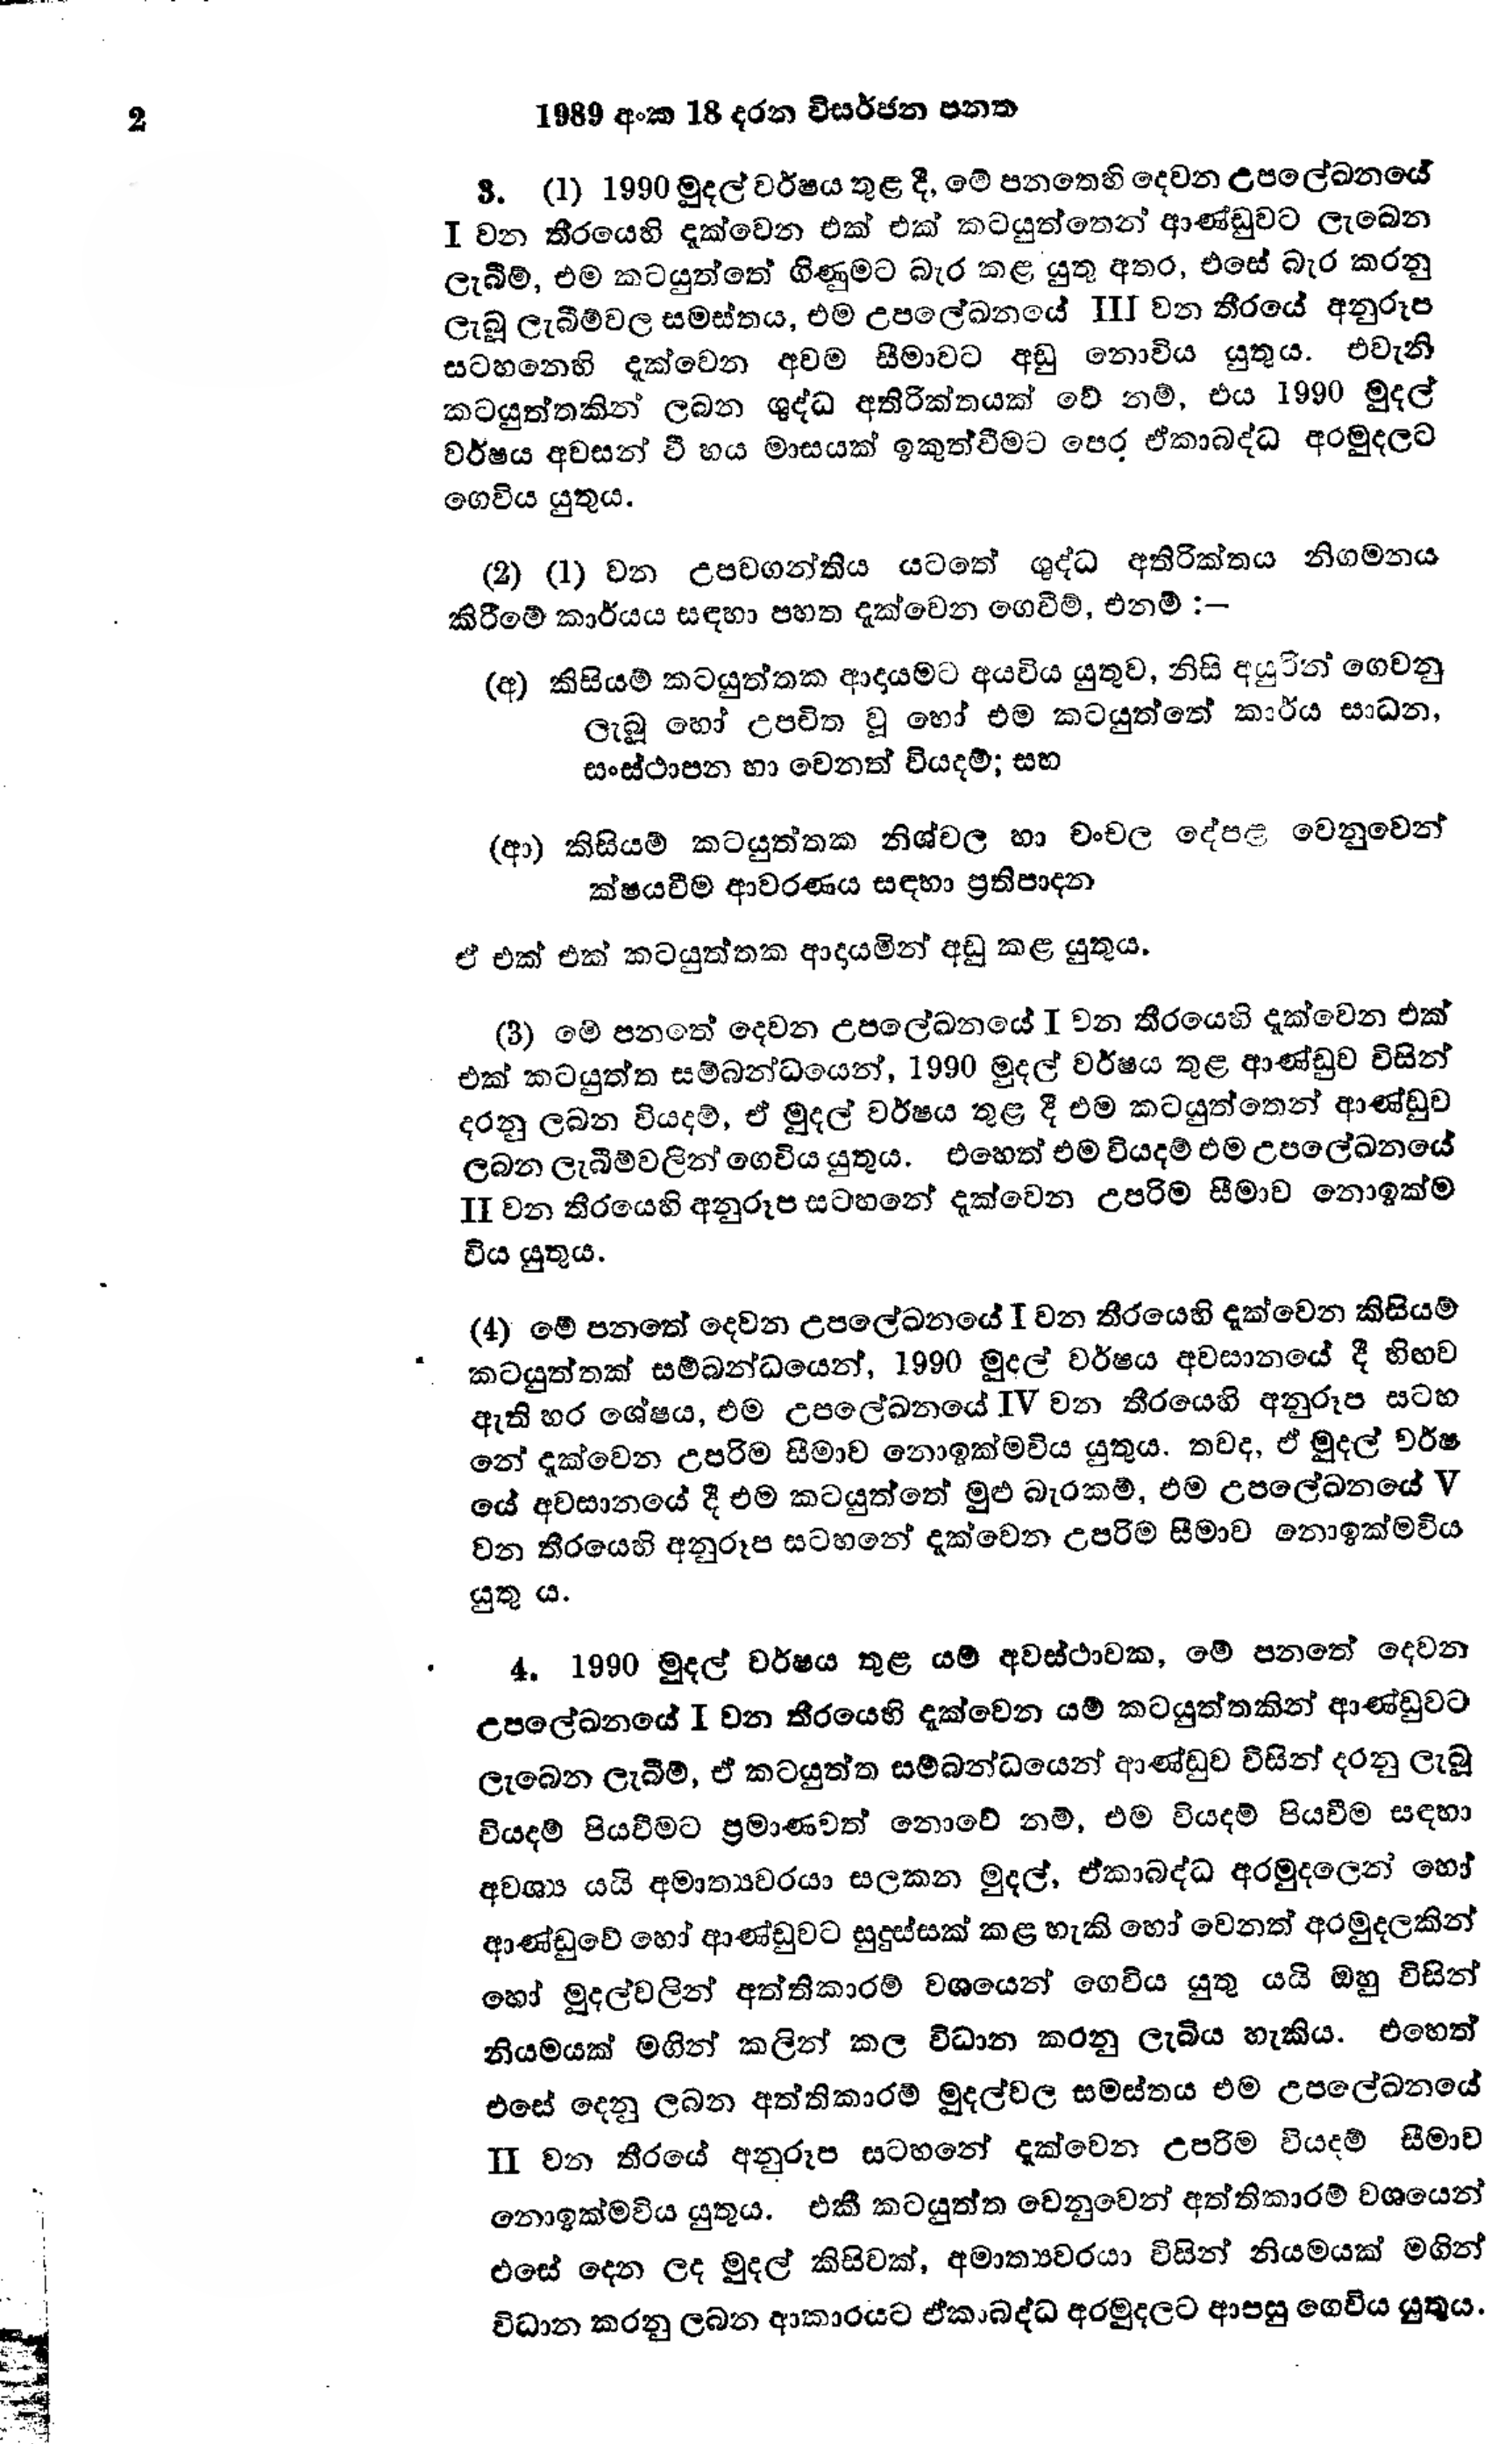
2 1989 අංක 18 දරන විසර්ජන පනත

3. (1) 1990 මුදල් වර්ෂය තුළ දී, මේ පනතෙහි දෙවන උපලේඛනයේ
I වන තීරයෙහි දැක්වෙන එක් එක් කටයුත්තෙන් ආණ්ඩුවට ලැබෙන
ලැබීම්, එම කටයුත්තේ ගිණුමට බැර කළ යුතු අතර, එසේ බැර කරනු
ලැබූ ලැබීම්වල සමස්තය, එම උපලේඛනයේ III වන තීරයේ අනුරූප
සටහනෙහි දැක්වෙන අවම සීමාවට අඩු නොවිය යුතුය. එවැනි
කටයුත්තකින් ලබන ශුද්ධ අතිරික්තයක් වේ නම්, එය 1990 මුදල්
වර්ෂය අවසන් වී හය මාසයක් ඉකුත්වීමට පෙර ඒකාබද්ධ අරමුදලට
ගෙවිය යුතුය.

(2) (1) වන උපවගන්තිය යටතේ ශුද්ධ අතිරික්තය නිගමනය
කිරීමේ කාර්යය සඳහා පහත දැක්වෙන ගෙවීම්, එනම් :-

(අ) කිසියම් කටයුත්තක ආදායමට අයවිය යුතුව, නිසි අයුරින් ගෙවනු
ලැබූ හෝ උපචිත වූ හෝ එම කටයුත්තේ කාර්ය සාධන,
සංස්ථාපන හා වෙනත් වියදම්; සහ

(ආ) කිසියම් කටයුත්තක නිශ්චල හා චංචල දේපළ වෙනුවෙන්
ක්ෂයවීම ආවරණය සඳහා ප්‍රතිපාදන

ඒ එක් එක් කටයුත්තක ආදායමින් අඩු කළ යුතුය.

(3) මේ පනතේ දෙවන උපලේඛනයේ I වන තීරයෙහි දැක්වෙන එක්
එක් කටයුත්ත සම්බන්ධයෙන්, 1990 මුදල් වර්ෂය තුළ ආණ්ඩුව විසින්
දරනු ලබන වියදම්, ඒ මුදල් වර්ෂය තුළ දී එම කටයුත්තෙන් ආණ්ඩුව
ලබන ලැබීම්වලින් ගෙවිය යුතුය. එහෙත් එම වියදම් එම උපලේඛනයේ
II වන තීරයෙහි අනුරූප සටහනේ දැක්වෙන උපරිම සීමාව නොඉක්ම
විය යුතුය.

(4) මේ පනතේ දෙවන උපලේඛනයේ I වන තීරයෙහි දැක්වෙන කිසියම්
කටයුත්තක් සම්බන්ධයෙන්, 1990 මුදල් වර්ෂය අවසානයේ දී හිඟව
ඇති හර ශේෂය, එම උපලේඛනයේ IV වන තීරයෙහි අනුරූප සටහ
නේ දැක්වෙන උපරිම සීමාව නොඉක්මවිය යුතුය. තවද, ඒ මුදල් වර්ෂ
යේ අවසානයේ දී එම කටයුත්තේ මුළු බැරකම්, එම උපලේඛනයේ V
වන තීරයෙහි අනුරූප සටහනේ දැක්වෙන උපරිම සීමාව නොඉක්මවිය
යුතු ය.

4. 1990 මුදල් වර්ෂය තුළ යම් අවස්ථාවක, මේ පනතේ දෙවන
උපලේඛනයේ I වන තීරයෙහි දැක්වෙන යම් කටයුත්තකින් ආණ්ඩුවට
ලැබෙන ලැබීම්, ඒ කටයුත්ත සම්බන්ධයෙන් ආණ්ඩුව විසින් දරනු ලැබූ
වියදම් පියවීමට ප්‍රමාණවත් නොවේ නම්, එම වියදම් පියවීම සඳහා
අවශ්‍ය යයි අමාත්‍යවරයා සලකන මුදල්, ඒකාබද්ධ අරමුදලෙන් හෝ
ආණ්ඩුවේ හෝ ආණ්ඩුවට සුදුස්සක් කළ හැකි හෝ වෙනත් අරමුදලකින්
හෝ මුදල්වලින් අත්තිකාරම් වශයෙන් ගෙවිය යුතු යයි ඔහු විසින්
නියමයක් මගින් කලින් කල විධාන කරනු ලැබිය හැකිය. එහෙත්
එසේ දෙනු ලබන අත්තිකාරම් මුදල්වල සමස්තය එම උපලේඛනයේ
II වන තීරයේ අනුරූප සටහනේ දැක්වෙන උපරිම වියදම් සීමාව
නොඉක්මවිය යුතුය. එකී කටයුත්ත වෙනුවෙන් අත්තිකාරම් වශයෙන්
එසේ දෙන ලද මුදල් කිසිවක්, අමාත්‍යවරයා විසින් නියමයක් මගින්
විධාන කරනු ලබන ආකාරයට ඒකාබද්ධ අරමුදලට ආපසු ගෙවිය යුතුය.